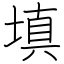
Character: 填